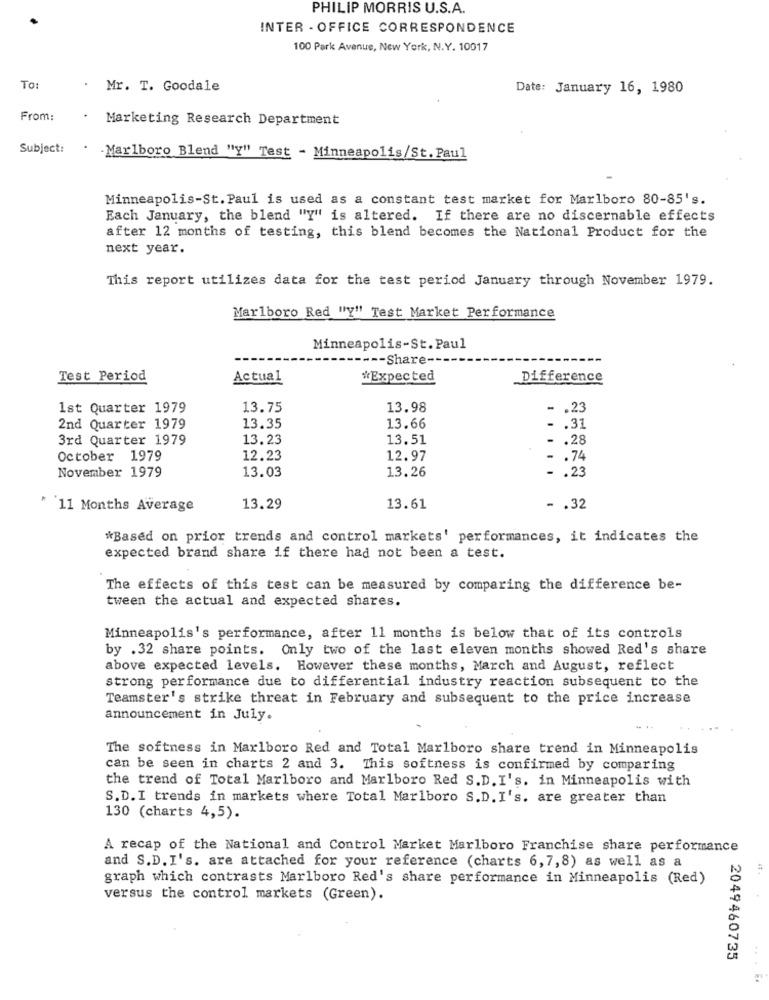
PHILIP MORRIS U.S.A.
INTER - OFFICE CORRESPONDENCE
100 Park Avenue, New York, N.Y. 10017
To:
Mr. T. Goodale
Date: January 16, 1980
From:
Marketing Research Department
Subject:
. . Marlboro Blend "Y" Test - Minneapolis/St. Paul
Minneapolis-St. Paul is used as a constant test market for Marlboro 80-85's.
Each January, the blend "Y" is altered. If there are no discernable effects
after 12 months of testing, this blend becomes the National Product for the
next year.
This report utilizes data for the test period January through November 1979.
Marlboro Red "Y" Test Market Performance
Minneapolis-St. Paul
-- Share-
Test Period
Actual
*Expected
Difference
1st Quarter 1979
13.75
13.98
.23
2nd Quarter 1979
13.35
13.66
- . 31
3rd Quarter 1979
13.23
13.51
-
.28
October 1979
12.23
12.97
.74
13.03
13.26
- . 23
November 1979
" '11 Months Average
13.29
13.61
- . 32
*Based on prior trends and control markets' performances, it indicates the
expected brand share if there had not been a test.
The effects of this test can be measured by comparing the difference be-
tween the actual and expected shares.
Minneapolis's performance, after 11 months is below that of its controls
by .32 share points. Only two of the last eleven months showed Red's share
above expected levels. However these months, March and August, reflect
strong performance due to differential industry reaction subsequent to the
Teamster's strike threat in February and subsequent to the price increase
announcement in July.
The softness in Marlboro Red and Total Marlboro share trend in Minneapolis
can be seen in charts 2 and 3. This softness is confirmed by comparing
the trend of Total Marlboro and Marlboro Red S.D. I's. in Minneapolis with
S.D. I trends in markets where Total Marlboro S.D. I's. are greater than
130 (charts 4,5).
A recap of the National and Control Market Marlboro Franchise share performance
and S.D. I's. are attached for your reference (charts 6,7,8) as well as a
graph which contrasts Marlboro Red's share performance in Minneapolis (Red)
versus the control markets (Green).
2049460735